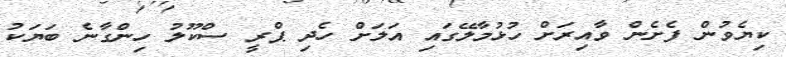
ކިޔެވުން ފެށެން ވާއިރަށް ހުޅުމާލޭގައި އަލަށް ހެދި ޕްރީ ސްކޫލު ހިންގާނެ ބަޔަކު